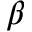
\beta